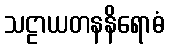
သဠာယတနနိရောဓံ